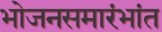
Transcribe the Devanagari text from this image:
भोजनसमारंभांत